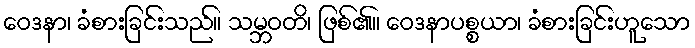
ဝေဒနာ၊ ခံစားခြင်းသည်။ သမ္ဘဝတိ၊ ဖြစ်၏။ ဝေဒနာပစ္စယာ၊ ခံစားခြင်းဟူသော